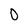
Character: 0